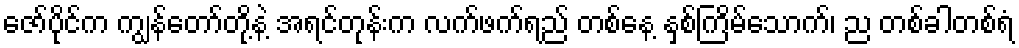
ဇော်ပိုင်က ကျွန်တော်တို့နဲ့ အရင်တုန်းက လက်ဖက်ရည် တစ်နေ့ နှစ်ကြိမ်သောက်၊ ည တစ်ခါတစ်ရံ